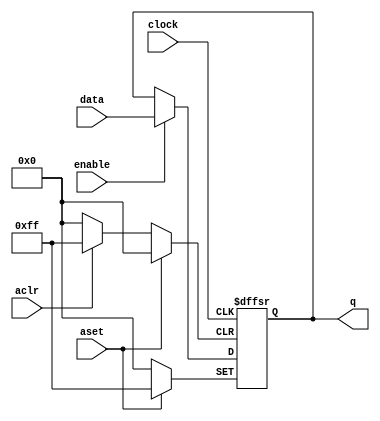
module  lpm_dff8_ff
	( 
	aclr,
	aset,
	clock,
	data,
	enable,
	q) /* synthesis synthesis_clearbox=1 */;
	input   aclr;
	input   aset;
	input   clock;
	input   [7:0]  data;
	input   enable;
	output   [7:0]  q;
`ifndef ALTERA_RESERVED_QIS
// synopsys translate_off
`endif
	tri0   aclr;
	tri0   aset;
	tri0   [7:0]  data;
	tri1   enable;
`ifndef ALTERA_RESERVED_QIS
// synopsys translate_on
`endif

	reg	[7:0]	ff_dffe;

	// synopsys translate_off
	initial
		ff_dffe = 0;
	// synopsys translate_on
	always @ ( posedge clock or  posedge aset or  posedge aclr)
		if (aset == 1'b1) ff_dffe <= {8{1'b1}};
		else if (aclr == 1'b1) ff_dffe <= 8'b0;
		else if  (enable == 1'b1)   ff_dffe <= data;
	assign
		q = ff_dffe;
endmodule
module lpm_dff8 (
	aclr,
	aset,
	clock,
	data,
	enable,
	q)/* synthesis synthesis_clearbox = 1 */;

	input	  aclr;
	input	  aset;
	input	  clock;
	input	[7:0]  data;
	input	  enable;
	output	[7:0]  q;

	wire [7:0] sub_wire0;
	wire [7:0] q = sub_wire0[7:0];

	lpm_dff8_ff	lpm_dff8_ff_component (
				.enable (enable),
				.aclr (aclr),
				.clock (clock),
				.data (data),
				.aset (aset),
				.q (sub_wire0));

endmodule